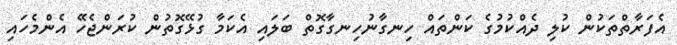
އެފަރާތްތަކުން ކުލި ދެއްކުމުގެ ކަންތައް ހިނގާނުހިނގާގޮތް ބަލައި އެކަމާ ގުޅޭގޮތުން ކުރަންޖެހޭ އެންމެހައި